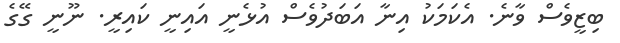
ބިޒީވެސް ވާނެ. އެކަމަކު އިނާ އަބަދުވެސް އުޅެނީ އައިނީ ކައިރީ. ނޫނީ ގޭގެ